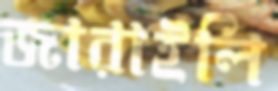
জারাইলি